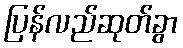
ပြန်လည်ဆုတ်ခွာ